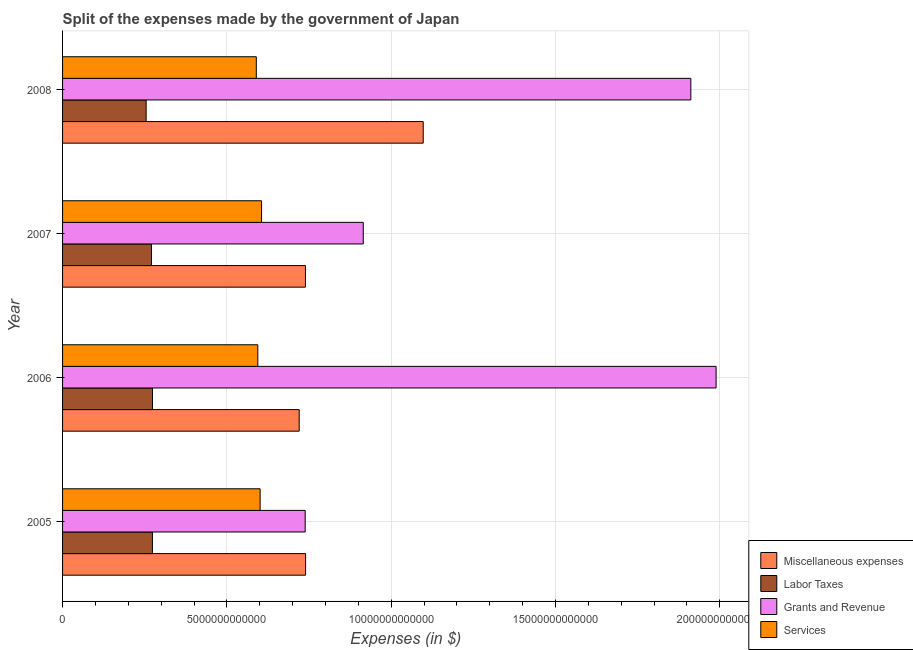
| Year | Miscellaneous expenses | Labor Taxes | Grants and Revenue | Services |
 | --- | --- | --- | --- | --- |
 | 2005 | 7.4e+12 | 2.73e+12 | 7.38e+12 | 6.01e+12 |
 | 2006 | 7.2e+12 | 2.74e+12 | 1.99e+13 | 5.94e+12 |
 | 2007 | 7.39e+12 | 2.7e+12 | 9.15e+12 | 6.06e+12 |
 | 2008 | 1.1e+13 | 2.54e+12 | 1.91e+13 | 5.9e+12 |